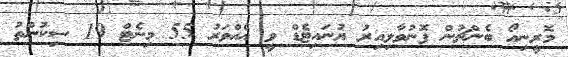
މޮރީނިއޯ ބެންޗުން ފޮނުވާލިއިރު ޔުނައިޓެޑް ވީ އެއްވަރު 55 މިނެޓް 19 ސިކުންތު